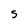
Character: S